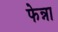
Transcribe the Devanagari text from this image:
फेन्ना